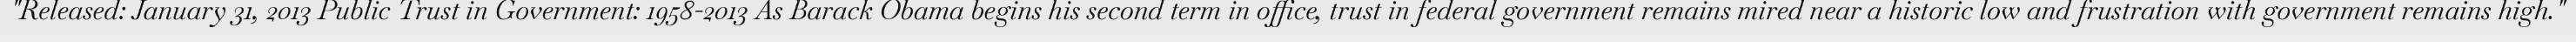
"Released: January 31, 2013 Public Trust in Government: 1958-2013 As Barack Obama begins his second term in office, trust in federal government remains mired near a historic low and frustration with government remains high."